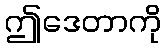
ဤဒေတာကို